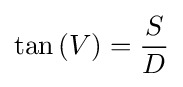
\tan \left(V\right)={\frac {S}{D}}